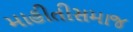
માહીતીસમાજ